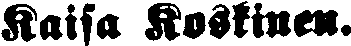
Kaisa Koskinen.